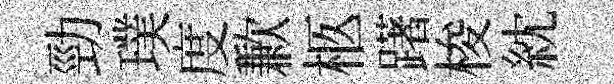
勁璞度歉柩躇梭紞